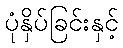
ပုံနှိပ်ခြင်းနှင့်